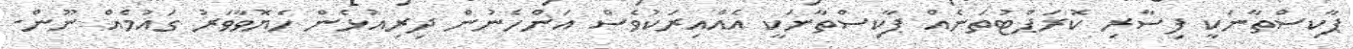
ޕާކިސްތާނަކީ ފިސާރި ކޮރަޕްޓުތަނެއް ޕާކިސްތާނަކީ އެއްއިރަކުވެސް އަންހެނުން ދިރިއުޅެން ހެޔޮވާވަރު ގައުމެއް ނޫން.